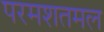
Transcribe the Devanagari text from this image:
परमशतमल